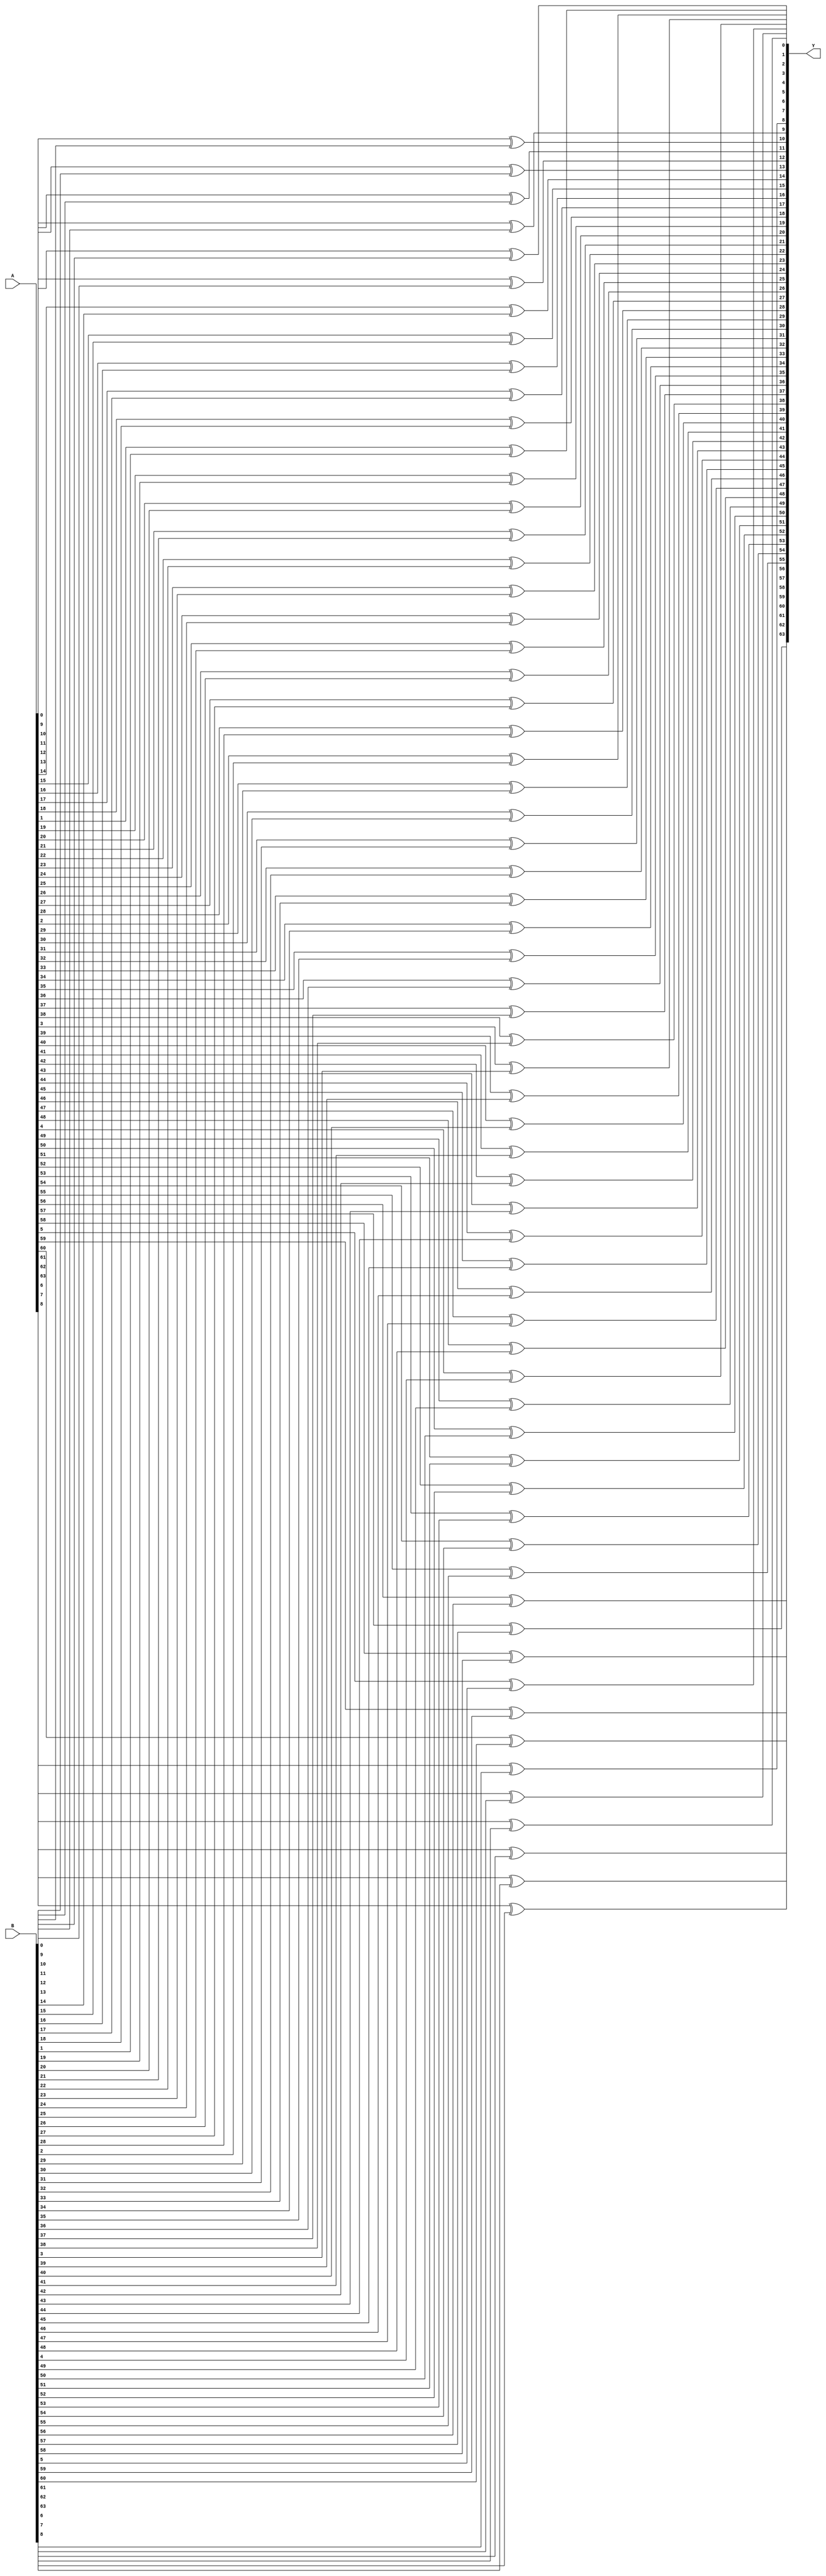
module xor_64 (input signed [63:0] A, input signed [63:0] B, output signed [63:0] Y);

    genvar i;
    generate 
        for(i = 0; i < 64; i = i + 1)
        begin
            xor (Y[i], A[i], B[i]);
        end
    endgenerate

endmodule